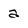
Character: a